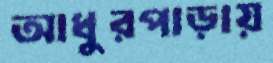
আধুরপাড়ায়